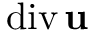
\mathrm { d i v } \, { \bf u }